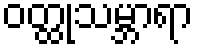
ဝတ္ထုသမ္ဘာရာ